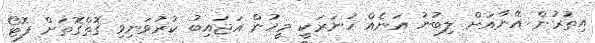
އިތުރުން އޭނާއަށް ލިބުނު އަނެއް ހުނަރަކީ މީހުން އަޖައިބު ކުރުވަނިވި ގޮތްގޮތަށް ފޮޓޯ